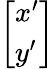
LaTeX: \left[\begin{array}{l}{x^{\prime}}\\ {y^{\prime}}\end{array}\right]